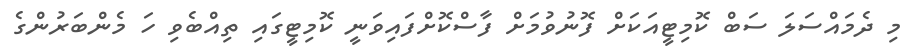
މި ދެމައްސަލަ ސަބް ކޮމިޓީއަކަށް ފޮނުވުމަށް ފާސްކޮށްފައިވަނީ ކޮމިޓީގައި ތިއްބެވި ހަ މެންބަރުންގެ